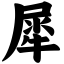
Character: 犀